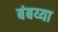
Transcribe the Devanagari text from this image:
बंबय्या